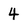
Character: 4